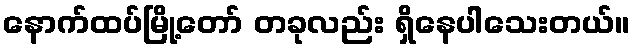
နောက်ထပ်မြို့တော် တခုလည်း ရှိနေပါသေးတယ်။